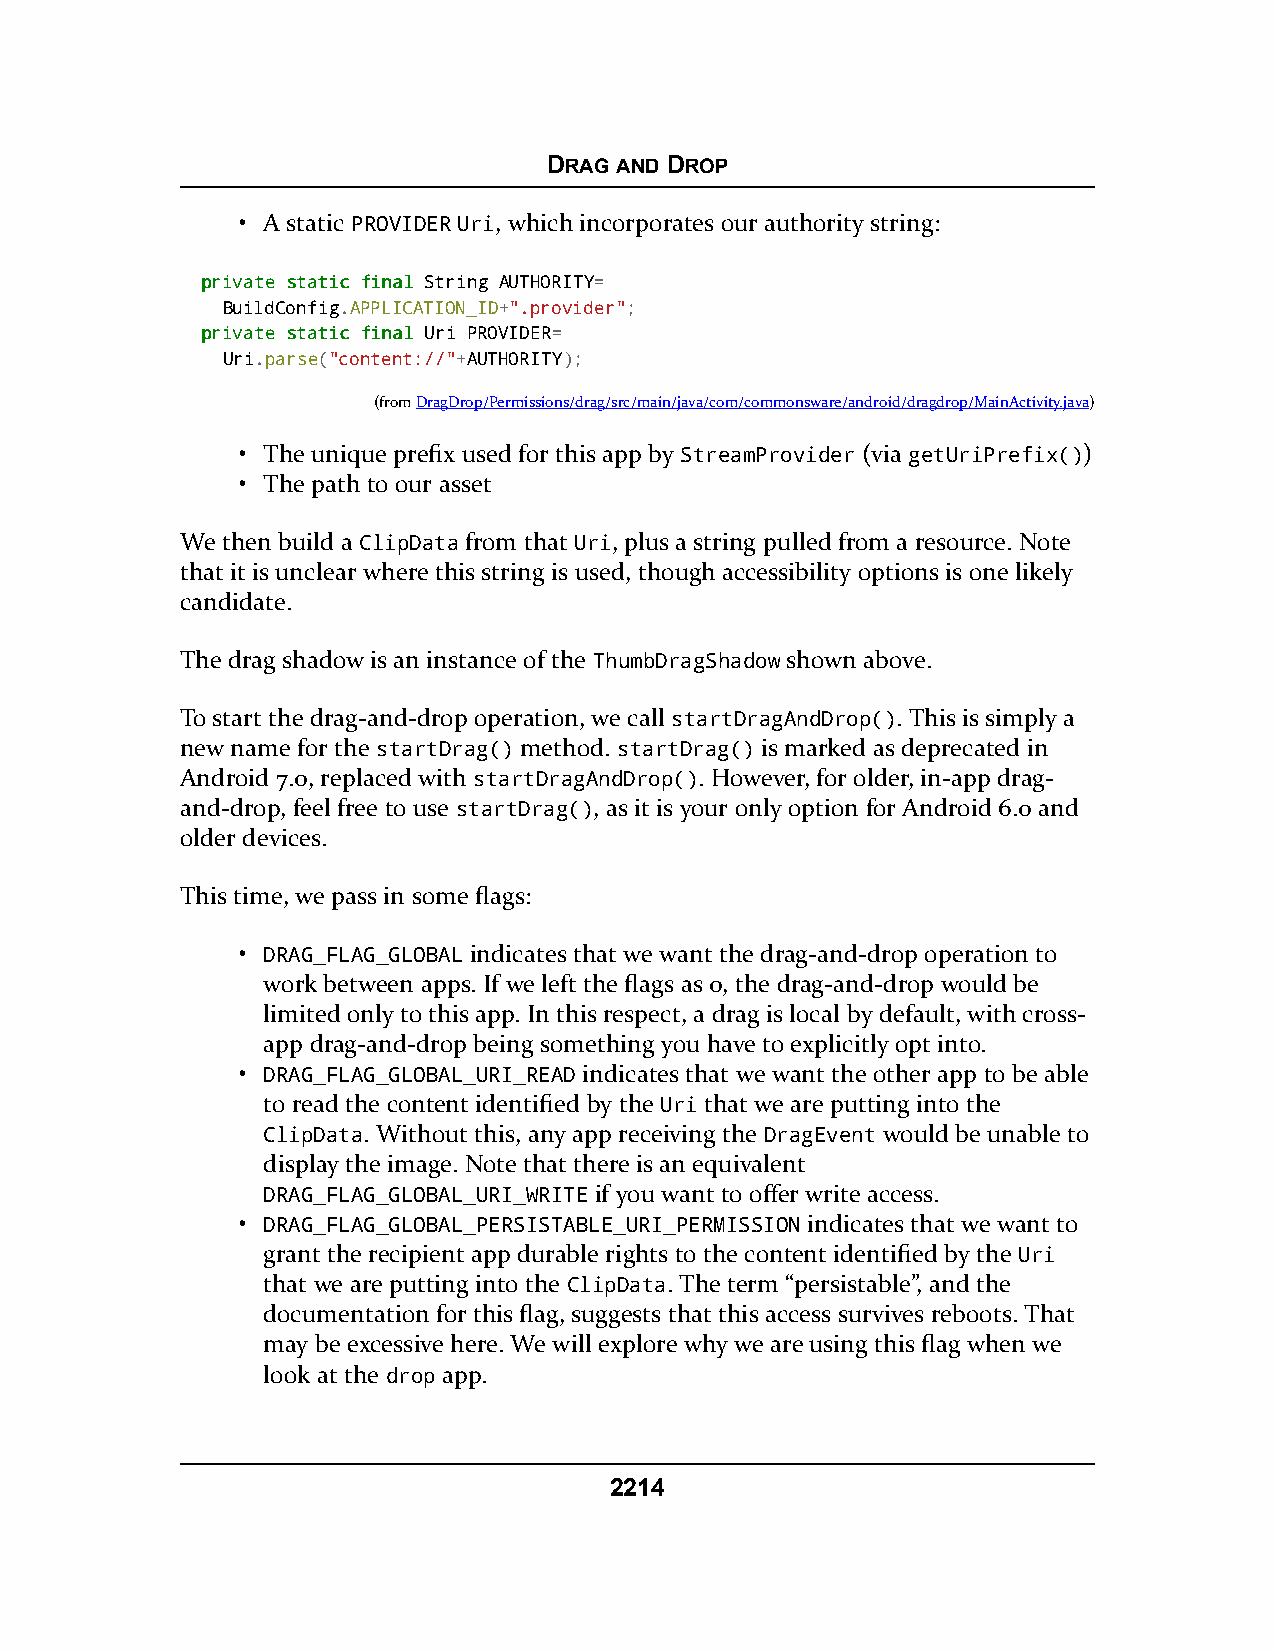
DRAG AND DROP
 • A static PROVIDER Uri, which incorporates our authority string:
 pprriivvaattee ssttaattiicc ffiinnaall String AUTHORITY=
 BuildConfig.APPLICATION_ID+".provider";
 pprriivvaattee ssttaattiicc ffiinnaall Uri PROVIDER=
 Uri.parse("content://"+AUTHORITY);
 (fromDragDrop/Permissions/drag/src/main/java/com/commonsware/android/dragdrop/MainActivity.java)
 • The unique prefix used for this app by StreamProvider (via getUriPrefix())
 • The path to our asset
 We then build a ClipData from that Uri, plus a string pulled from a resource. Note
 that it is unclear where this string is used, though accessibility options is one likely
 candidate.
 The drag shadow is an instance of the ThumbDragShadow shown above.
 To start the drag-and-drop operation, we call startDragAndDrop(). This is simply a
 new name for the startDrag() method. startDrag() is marked as deprecated in
 Android 7.0, replaced with startDragAndDrop(). However, for older, in-app drag-
 and-drop, feel free to use startDrag(), as it is your only option for Android 6.0 and
 older devices.
 This time, we pass in some flags:
 • DRAG_FLAG_GLOBAL indicates that we want the drag-and-drop operation to
 work between apps. If we left the flags as 0, the drag-and-drop would be
 limited only to this app. In this respect, a drag is local by default, with cross-
 app drag-and-drop being something you have to explicitly opt into.
 • DRAG_FLAG_GLOBAL_URI_READ indicates that we want the other app to be able
 to read the content identified by the Uri that we are putting into the
 ClipData. Without this, any app receiving the DragEvent would be unable to
 display the image. Note that there is an equivalent
 DRAG_FLAG_GLOBAL_URI_WRITE if you want to offer write access.
 • DRAG_FLAG_GLOBAL_PERSISTABLE_URI_PERMISSION indicates that we want to
 grant the recipient app durable rights to the content identified by the Uri
 that we are putting into the ClipData. The term “persistable”, and the
 documentation for this flag, suggests that this access survives reboots. That
 may be excessive here. We will explore why we are using this flag when we
 look at the drop app.
 2214